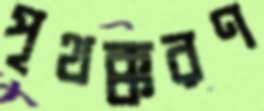
পৃথক্করণ